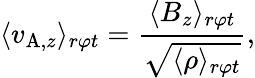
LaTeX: \langle v_{\mathrm{A},z}\rangle_{r\varphi t}=\frac{\langle B_{z}\rangle_{r\varphi t}}{\sqrt{\langle\rho\rangle_{r\varphi t}}},